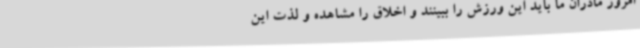
امروز مادران ما باید این ورزش را ببینند و اخلاق را مشاهده و لذت این